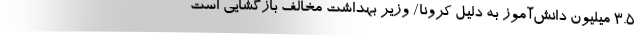
3.5 میلیون دانش‌آموز به دلیل کرونا/ وزیر بهداشت مخالف بازگشایی است